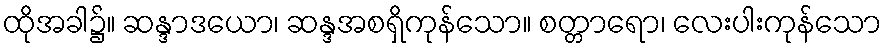
ထိုအခါ၌။ ဆန္ဒာဒယော၊ ဆန္ဒအစရှိကုန်သော။ စတ္တာရော၊ လေးပါးကုန်သော